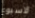
لاسبوع